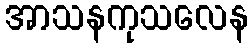
အာသနကုသလေန